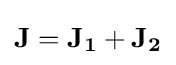
\mathbf {J} =\mathbf {J_{1}} +\mathbf {J_{2}}